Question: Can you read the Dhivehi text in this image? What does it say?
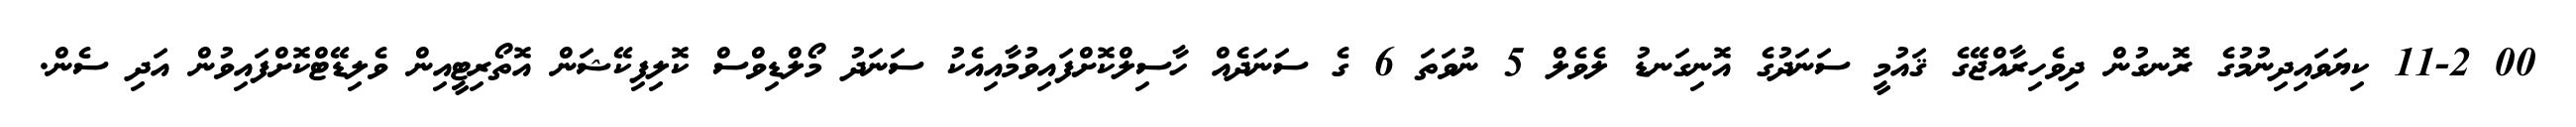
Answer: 00 11-2 ކިޔަވައިދިނުމުގެ ރޮނގުން ދިވެހިރާއްޖޭގެ ޤައުމީ ސަނަދުގެ އޮނިގަނޑު ލެވެލް 5 ނުވަތަ 6 ގެ ސަނަދެއް ހާސިލްކޮށްފައިވުމާއިއެކު ސަނަދު މޯލްޑިވްސް ކޮލިފިކޭޝަން އޮތޯރިޓީއިން ވެލިޑޭޓްކޮށްފައިވުން އަދި ސެން.